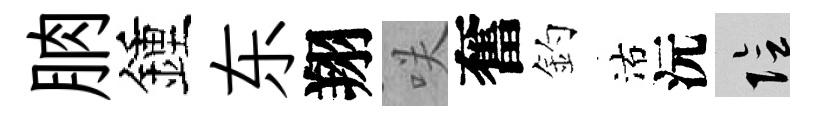
朒鍾东翔咲奮釣沽沅隂